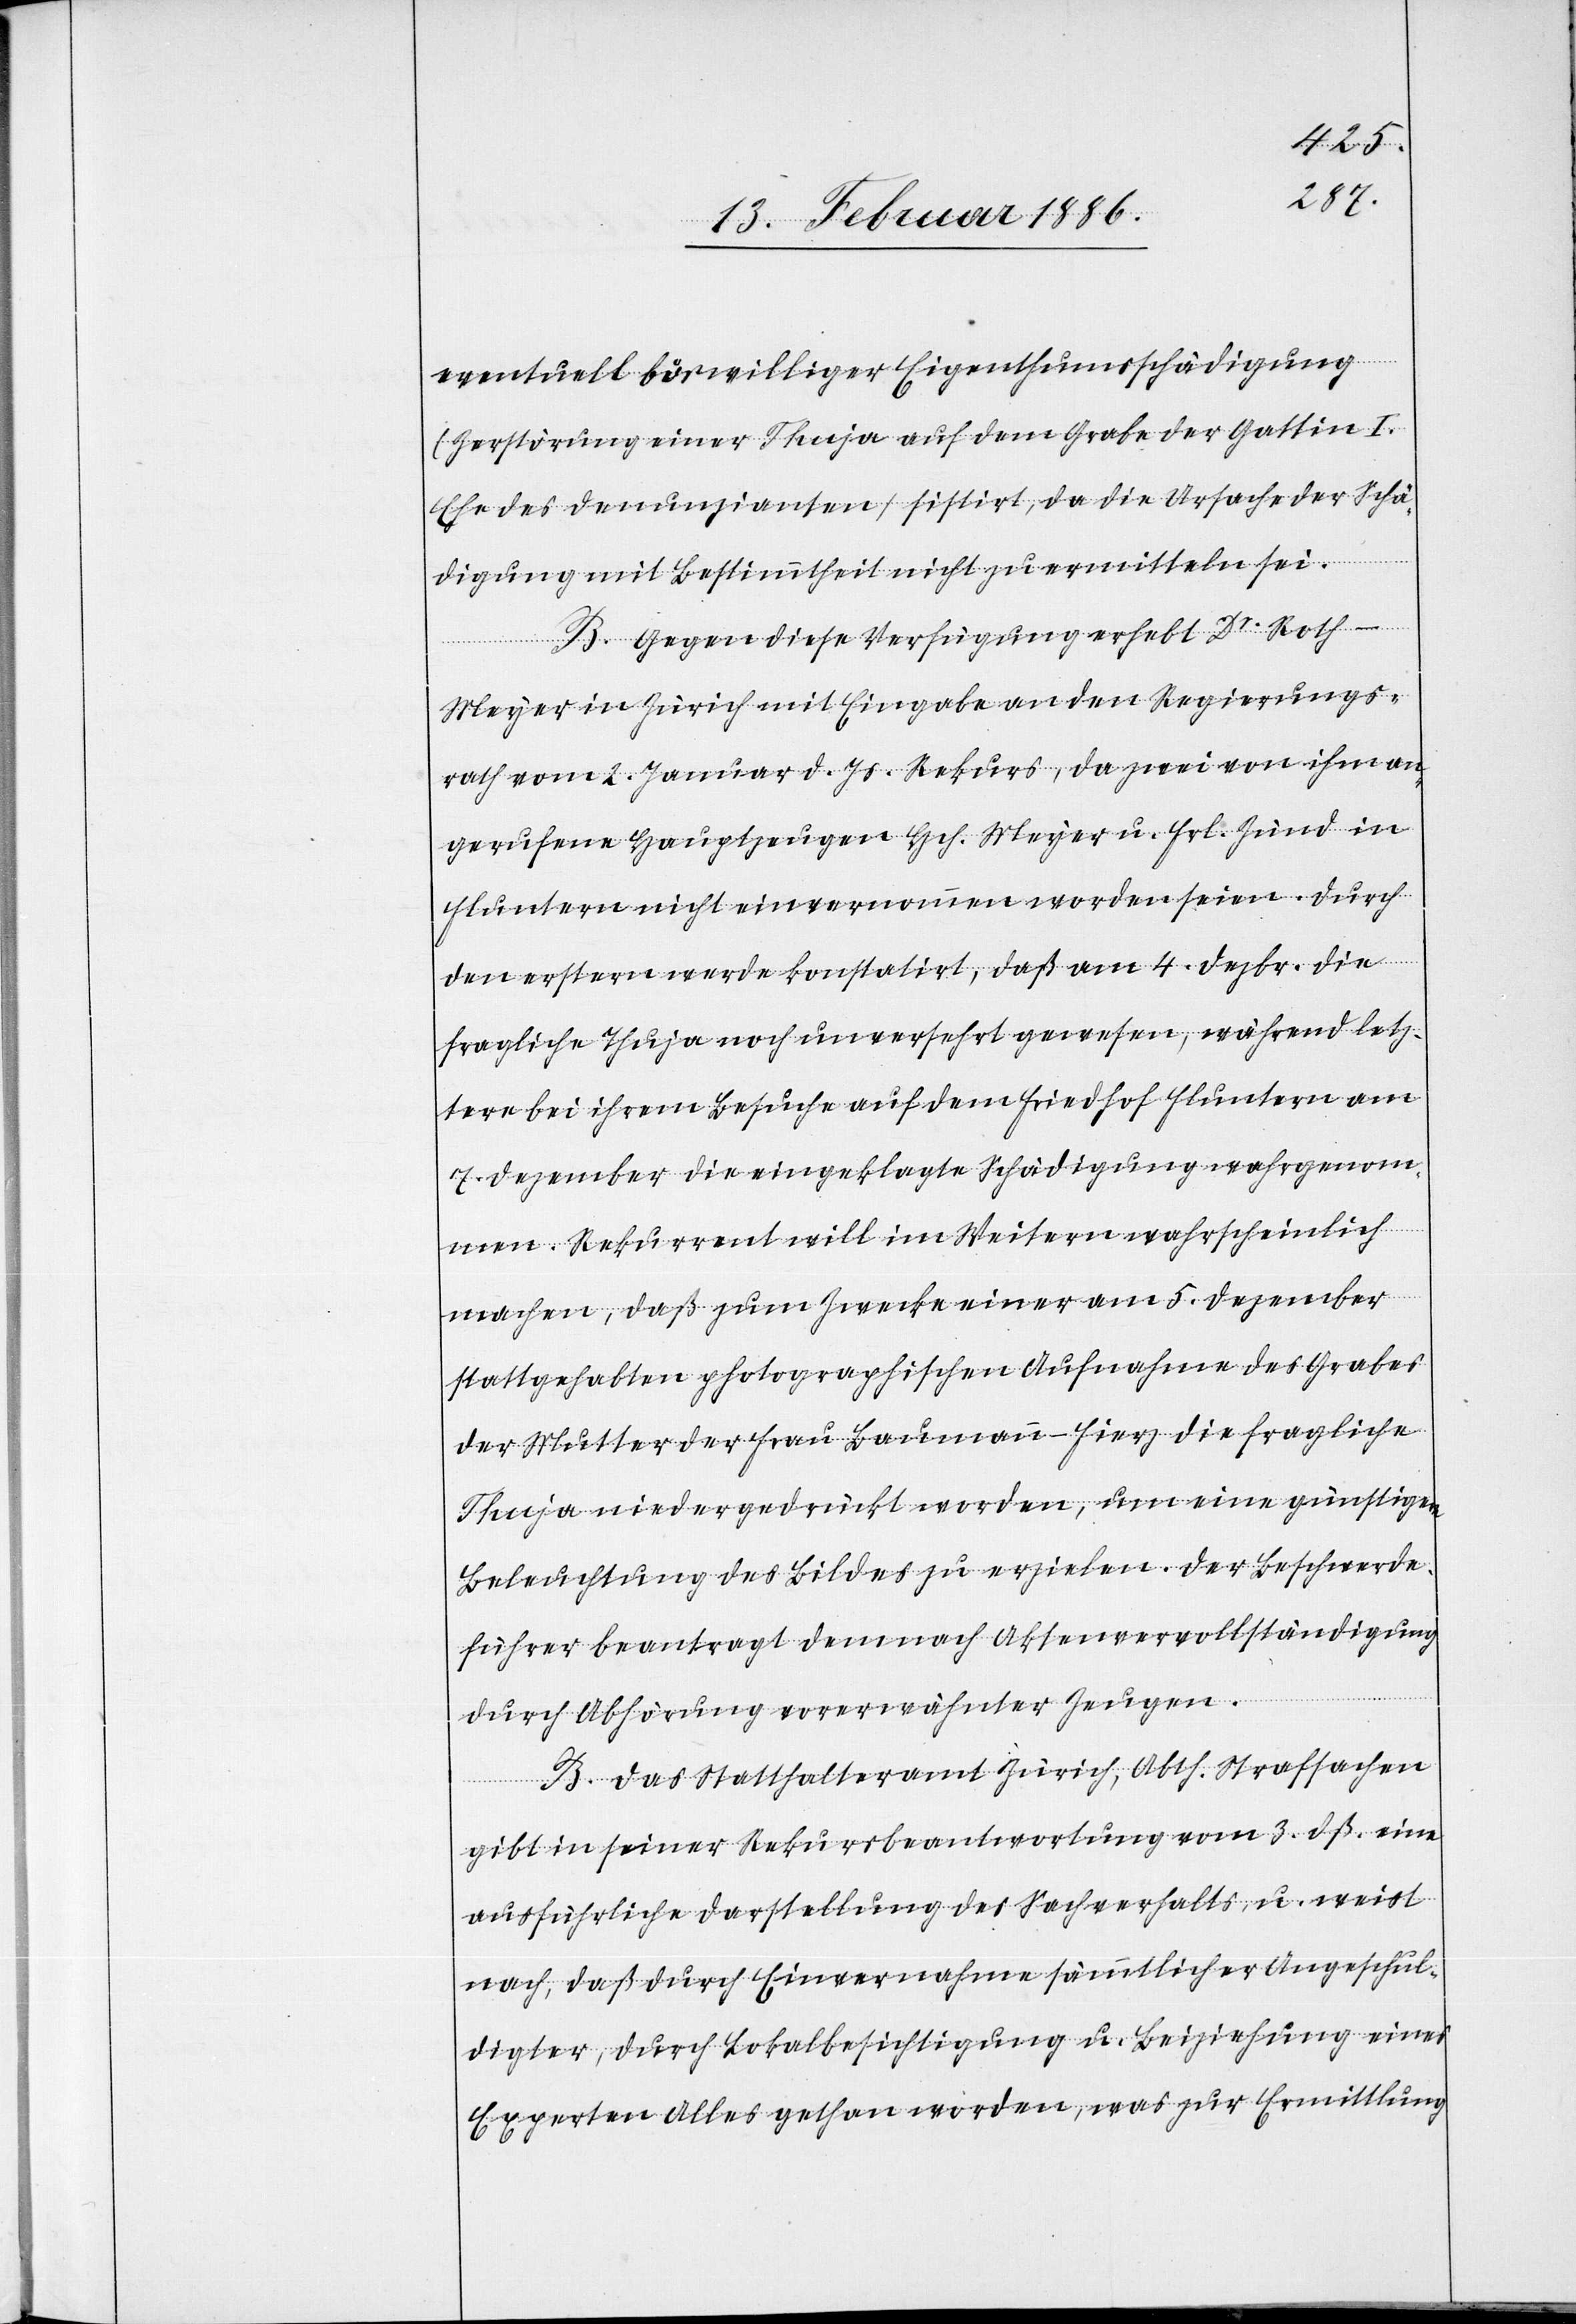
eventuell böswillige Eigenthumsschädigung
(Zerstörung einer Thuja auf dem Grabe der Gattin I.
Ehe des Denunzianten) sistirt, da die Ursache der Schä¬
digung mit Bestimmtheit nicht zu ermitteln sei.
B. Gegen diese Verfügung erhebt Dr. Roth-M¬
eyer in Zürich mit Eingabe an den Regierungs¬
rath vom 2. Januar d. Js. Rekurs, da zwei von ihm an¬
gerufene Hauptzeugen Hch. Meyer u. Frl. Zünd in
Fluntern nicht einvernommen worden seien. Durch
den erstern wurde konstatirt, daß am 4. Dezbr. die
fragliche Thuja noch unversehrt gewesen, während letz¬
tere bei ihrem Besuche auf dem Friedhof Fluntern am
7. Dezember die eingeklagte Schädigung wahrgenom¬
men. Rekurrent will im Weitern wahrscheinlich
machen, daß zum Zwecke einer am 5. Dezember
stattgehabten photographischen Aufnahme des Grabes
der Mutter der Frau Baumann-Fierz die fragliche
Thuja niedergedrückt worden, um eine günstigere
Beleuchtung des Bildes zu erzielen. Der Beschwerde¬
führer beantragt demnach Aktenvervollständigung
durch Abhörung vorerwähnter Zeugen.
B. Das Statthalteramt Zürich, Abth. Strafsachen
gibt in seiner Rekursbeantwortung vom 3. dß. eine
ausführliche Darstellung des Sachverhaltes u. weist
nach, daß durch Einvernahme sämmtlicher Angeschul¬
digter, durch Lokalbesichtigung u. Beiziehung eines
Experten Alles gethan worden, was zur Ermittlung